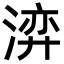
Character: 㴒